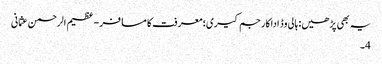
یہ بھی پڑھیں: ہالی وڈ اداکار جم کیری؛ معرفت کا مسافر - عظیم الرحمن عثمانی
4۔